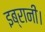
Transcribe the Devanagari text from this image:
इब्रानी।